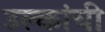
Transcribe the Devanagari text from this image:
उल्कांची